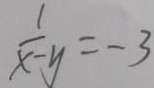
\frac { 1 } { x - y } = - 3